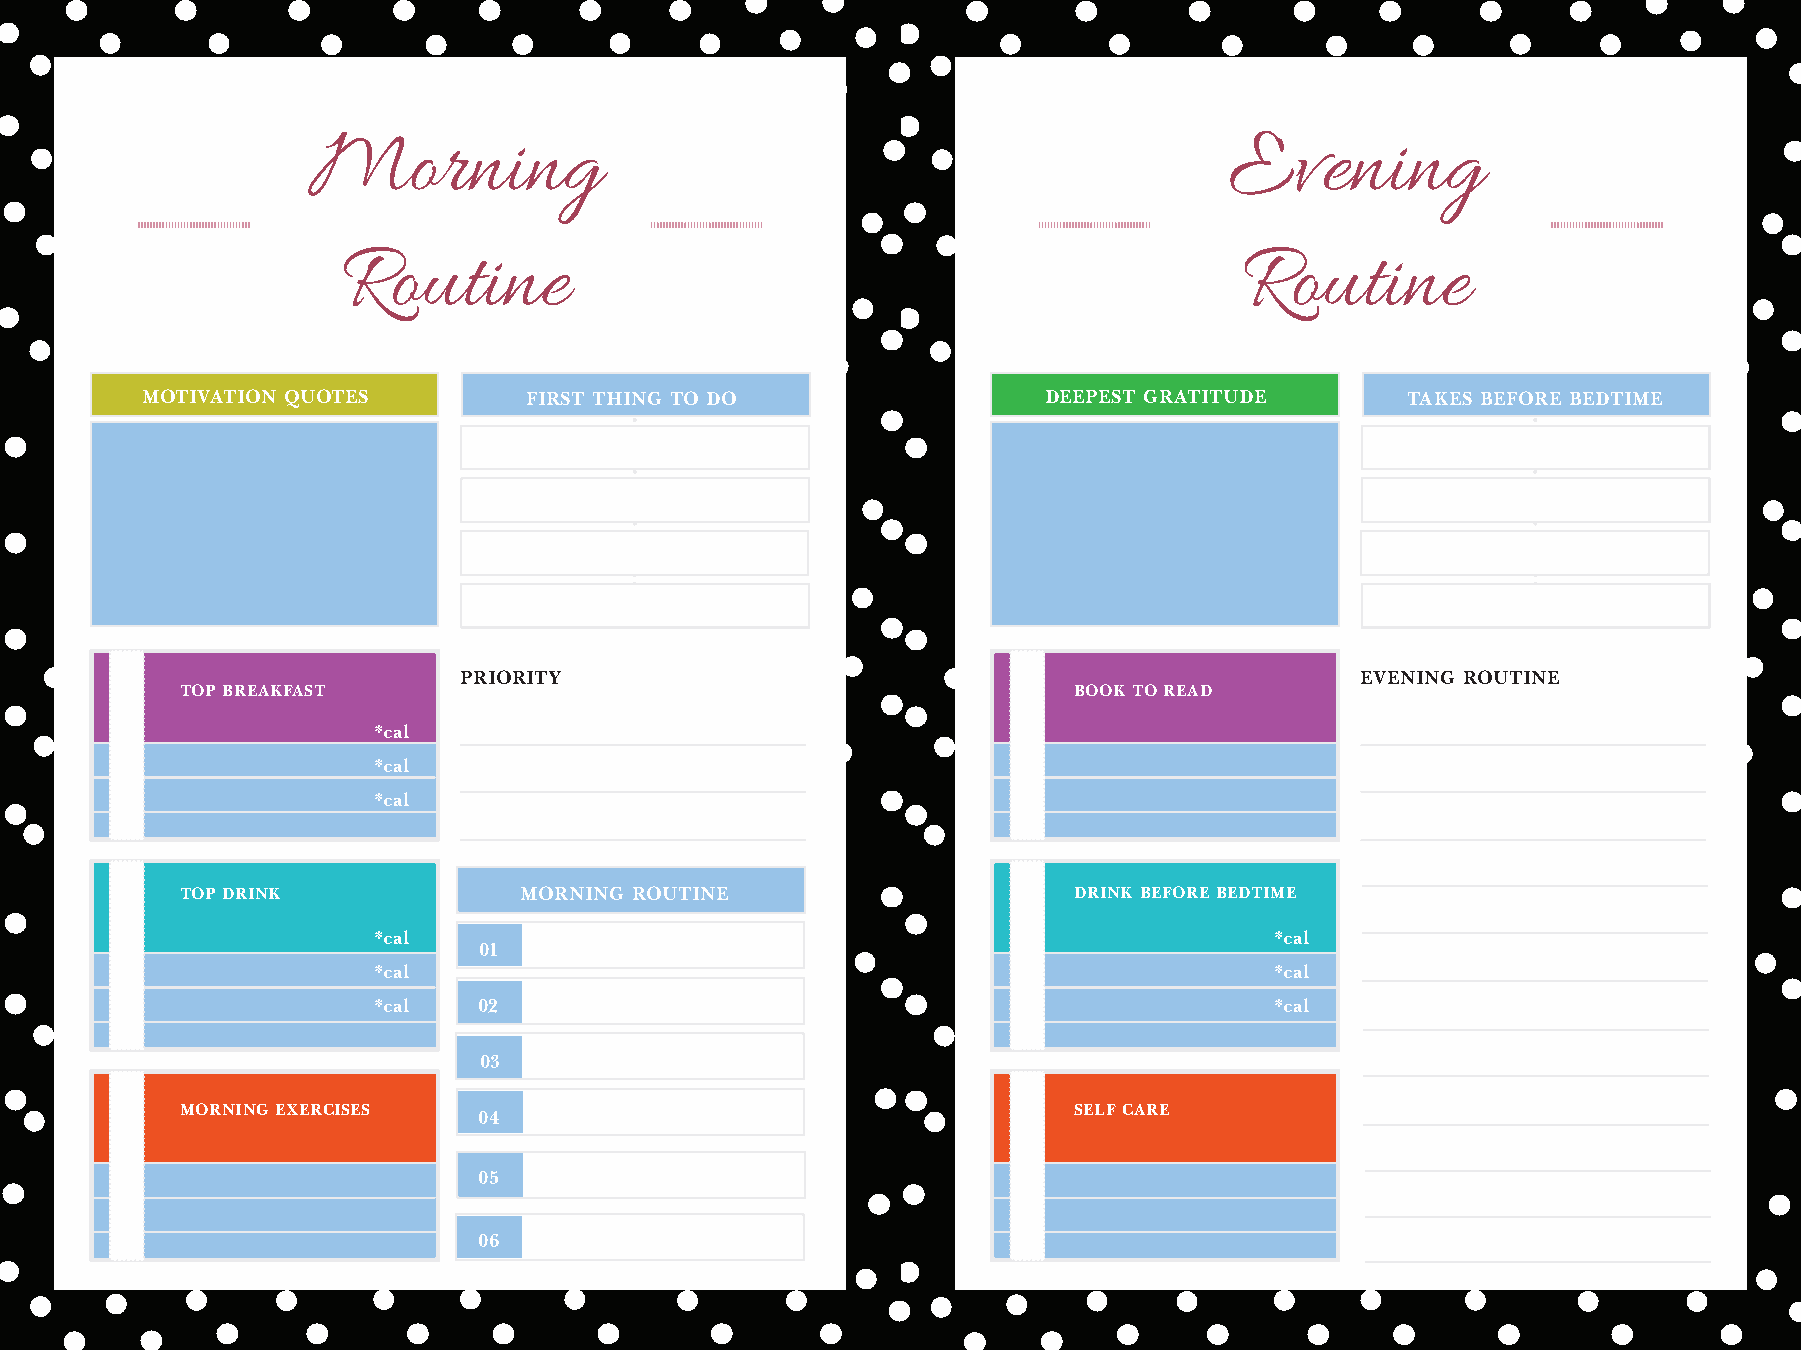
Morning                                                      Evening
 Routine                                                    Routine
 MOTIVATION QUOTES         FIRST THING TO DO                 DEEPEST GRATITUDE       TAKES BEFORE BEDTIME
 PRIORITY                                                    EVENING ROUTINE
 TOP BREAKFAST                                              BOOK TO READ
 *cal
 *cal
 *cal
 TOP DRINK             MORNING ROUTINE                      DRINK BEFORE BEDTIME
 *cal                                                       *cal
 01
 *cal                                                       *cal
 *cal   02                                                  *cal
 03
 MORNING EXERCISES                                          SELF CARE
 04
 05
 06